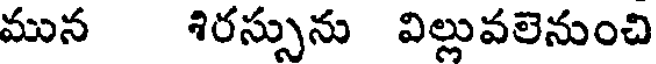
మున శిరస్సును విల్లువలెనుంచి